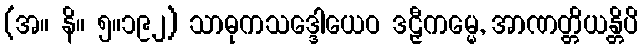
(အ။ နိ။ ၅။၁၉၂) သာဓုကသဒ္ဒေါယေဝ ဒဠှီကမ္မေ, အာဏတ္တိယန္တိပိ